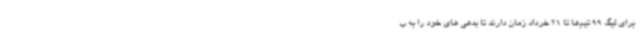
برای لیگ 99 تیم‌ها تا 21 خرداد زمان دارند تا بدهی های خود را به ب